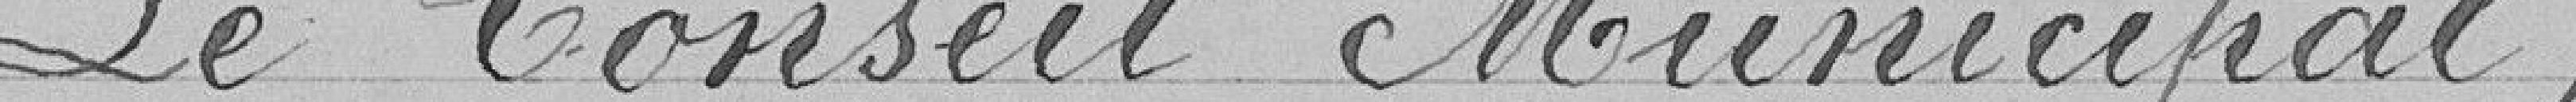
Le Conseil Municipal,